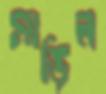
মাড়িল